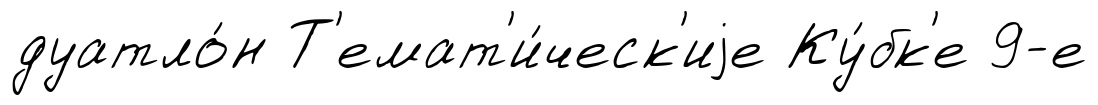
дуатло́н Т'емат'и́ческ'иjе Ку́бк'е 9-е